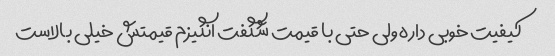
کیفیت خوبی داره ولی حتی با قیمت شگفت انگیزم قیمتش خیلی بالاست